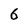
Character: 6